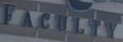
FACULTY